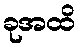
ခုအထိ